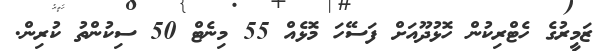
ޒަމީރުގެ ހެޓްރިކުން ހޮޅުދޫއަށް ފަސޭހަ މޮޅެއް 55 މިނެޓް 50 ސިކުންތު ކުރިން.